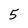
Character: 5